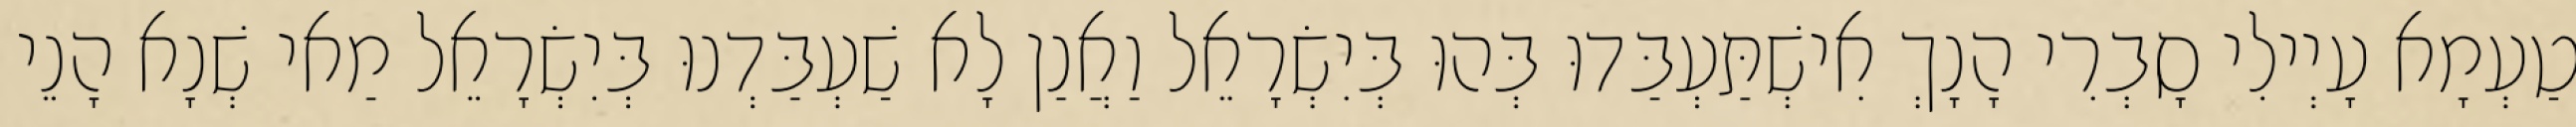
טַעְמָא עָיְילִי סָבְרִי הָנָךְ אִישְׁתַּעְבַּדוּ בְּהוּ בְּיִשְׂרָאֵל וַאֲנַן לָא שַׁעְבַּדְנוּ בְּיִשְׂרָאֵל מַאי שְׁנָא הָנֵי